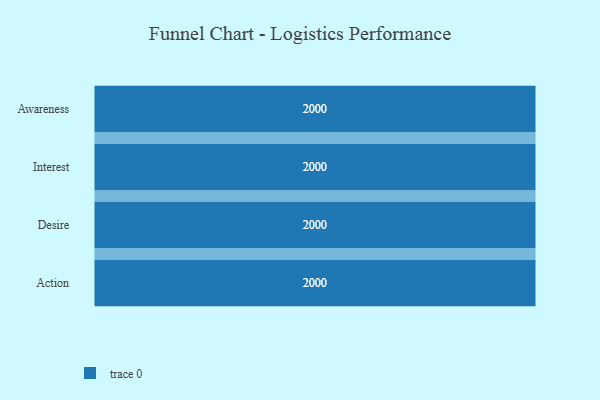
{"axis": {"x": "Stage", "y": "Value"}, "legend": [""], "data": [{"x": "Awareness", "y": 2000, "type": ""}, {"x": "Interest", "y": 2000, "type": ""}, {"x": "Desire", "y": 2000, "type": ""}, {"x": "Action", "y": 2000, "type": ""}]}